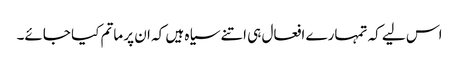
اس لیے کہ تمہارے افعال ہی اتنے سیاہ ہیں کہ ان پر ماتم کیا جائے۔